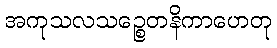
အကုသလသဉ္စေတနိကာဟေတု